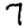
Digit: 7